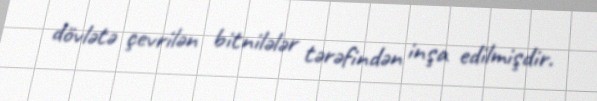
dövlətə çevrilən bitnilələr tərəfindən inşa edilmişdir.